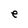
Character: e